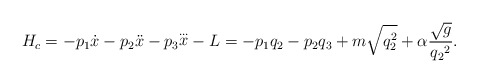
\begin{align*}H_c=-p_1{\dot x}-p_2{\ddot x}-p_3{\stackrel{\ldots}{x}}-L=-p_1q_2-p_2q_3+m\sqrt{q_2^2}+\alpha\frac{\sqrt{g}}{{q_2}^2}.\end{align*}